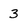
Character: 3